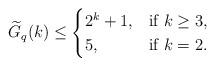
LaTeX: \begin{align*}\widetilde{G}_q(k) \leq \begin{cases}2^k + 1, & \mbox{if } k \geq 3, \\5, & \mbox{if } k = 2.\end{cases} \\\end{align*}